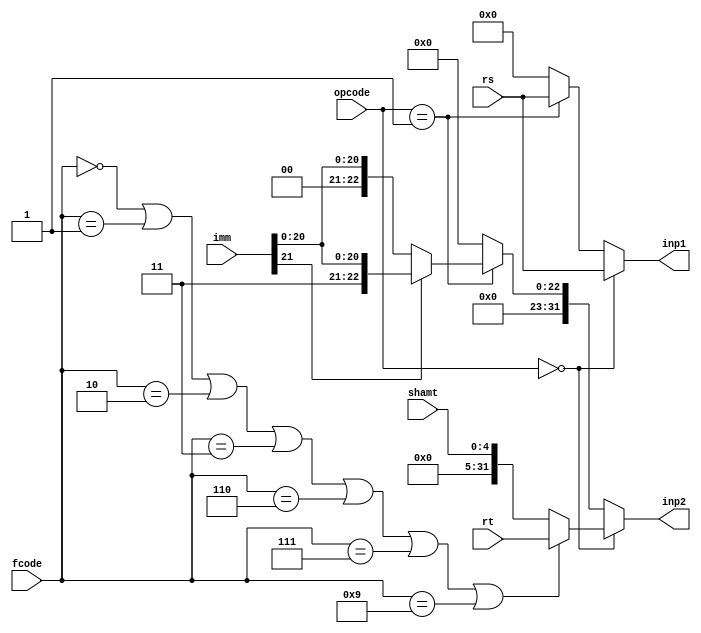
module assignInputs(
		input [31:0] rs,
		input [31:0] rt,
		input [4:0] shamt,
		input [21:0] imm,
		input [2:0] opcode,
		input [3:0] fcode,
		output reg [31:0] inp1,
		output reg [31:0] inp2
    );

always @(*)
	begin
		if(opcode==3'b0)
			begin     //for various arithmetic and shift operations involving 2 reg 
				if(fcode==4'd0 | fcode==4'd1 | fcode==4'd2 | fcode==4'd3 | fcode==4'd6 | fcode==4'd7 | fcode==4'd9)
					begin
					inp1<=rs;
					inp2<=rt;
					end
				else   //involving 1 reg and shamt
					begin
					inp1<=rs;
					inp2<={27'b0,shamt};
					end
			end
		else if(opcode==3'd1)     //immediate operations
			begin
				inp1<=rs;
				if(imm[21]==1'b1)
					inp2<={10'b1,imm};
				else inp2<={10'b0,imm};
			end
		else                 //Otherwise not a work of ALU
			begin
				inp1<=0;
				inp2<=0;
			end
	end

endmodule